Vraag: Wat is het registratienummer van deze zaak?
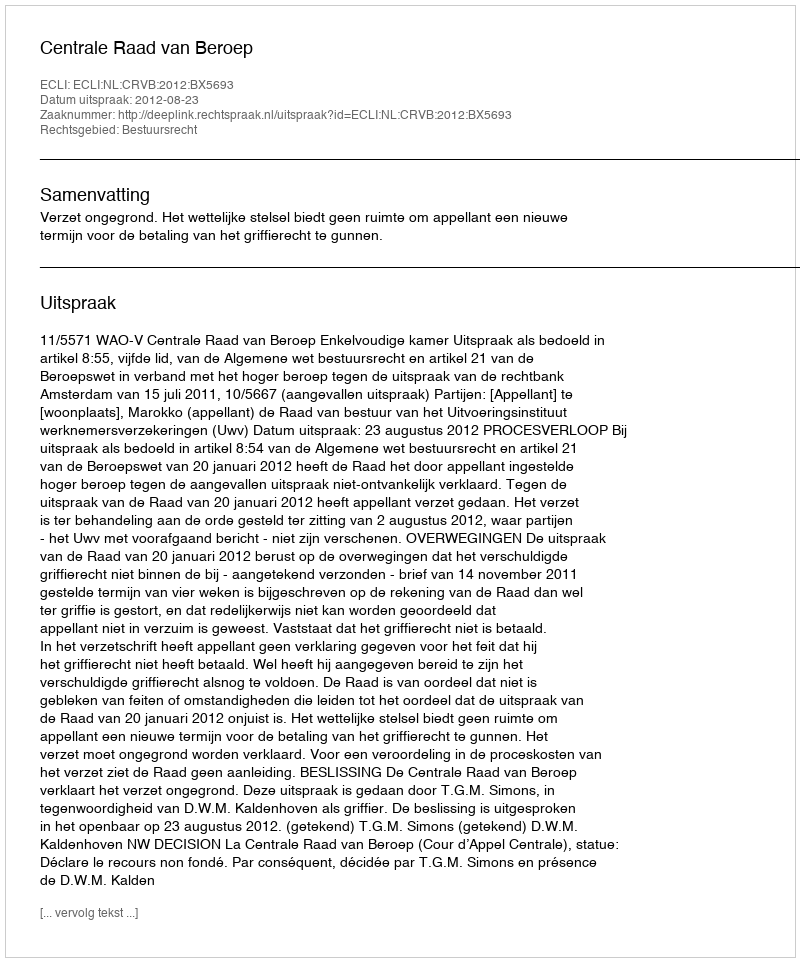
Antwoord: http://deeplink.rechtspraak.nl/uitspraak?id=ECLI:NL:CRVB:2012:BX5693